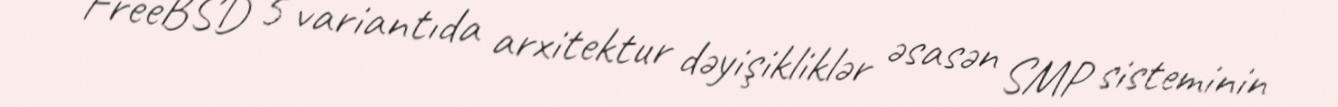
FreeBSD 5 variantıda arxitektur dəyişikliklər əsasən SMP sisteminin